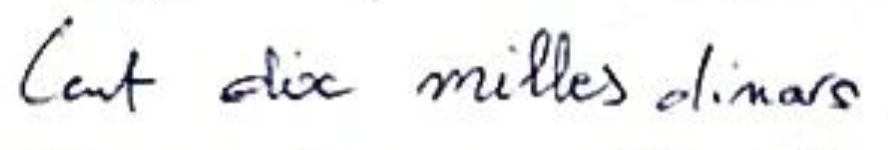
Cent dix milles dinars